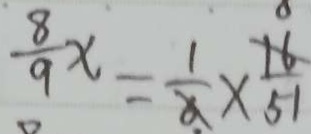
\frac { 8 } { 9 } x = \frac { 1 } { 6 } \times \frac { 1 6 } { 5 1 }